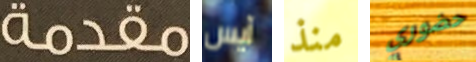
مقدمة آيس منذ حضوري